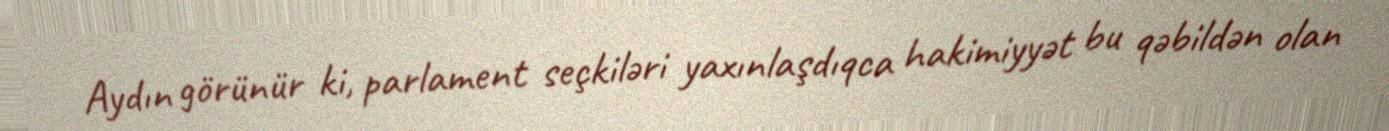
Aydın görünür ki, parlament seçkiləri yaxınlaşdıqca hakimiyyət bu qəbildən olan